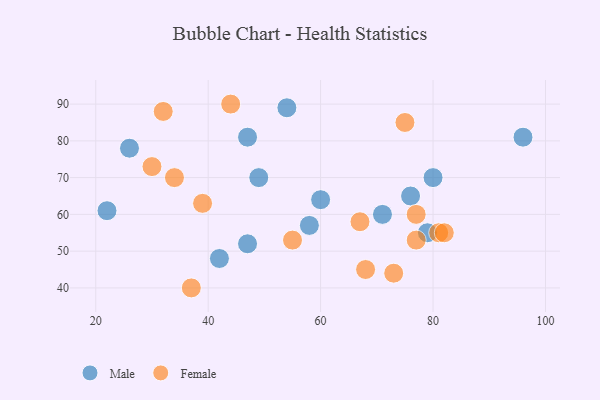
{"axis": {"x": "GDP", "y": "Life Expectancy"}, "legend": ["Female", "Male"], "data": [{"x": "22", "y": 61, "type": "Male"}, {"x": "71", "y": 60, "type": "Male"}, {"x": "47", "y": 52, "type": "Male"}, {"x": "76", "y": 65, "type": "Male"}, {"x": "42", "y": 48, "type": "Male"}, {"x": "80", "y": 70, "type": "Male"}, {"x": "96", "y": 81, "type": "Male"}, {"x": "49", "y": 70, "type": "Male"}, {"x": "54", "y": 89, "type": "Male"}, {"x": "60", "y": 64, "type": "Male"}, {"x": "26", "y": 78, "type": "Male"}, {"x": "79", "y": 55, "type": "Male"}, {"x": "58", "y": 57, "type": "Male"}, {"x": "47", "y": 81, "type": "Male"}, {"x": "39", "y": 63, "type": "Female"}, {"x": "68", "y": 45, "type": "Female"}, {"x": "67", "y": 58, "type": "Female"}, {"x": "32", "y": 88, "type": "Female"}, {"x": "77", "y": 53, "type": "Female"}, {"x": "37", "y": 40, "type": "Female"}, {"x": "81", "y": 55, "type": "Female"}, {"x": "75", "y": 85, "type": "Female"}, {"x": "77", "y": 60, "type": "Female"}, {"x": "30", "y": 73, "type": "Female"}, {"x": "82", "y": 55, "type": "Female"}, {"x": "44", "y": 90, "type": "Female"}, {"x": "73", "y": 44, "type": "Female"}, {"x": "55", "y": 53, "type": "Female"}, {"x": "34", "y": 70, "type": "Female"}]}